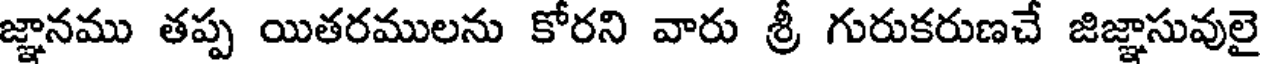
జ్ఞానము తప్ప యితరములను కోరని వారు శ్రీ గురుకరుణచే జిజ్ఞాసువులై